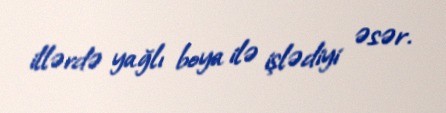
illərdə yağlı boya ilə işlədiyi əsər.